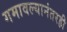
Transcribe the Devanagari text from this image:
गमावल्यानंतरही